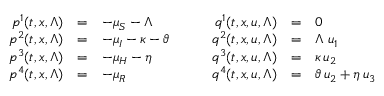
\begin{array} { r c l } { p ^ { 1 } ( t , x , \Lambda ) } & { = } & { - \mu _ { S } - \Lambda } \\ { p ^ { 2 } ( t , x , \Lambda ) } & { = } & { - \mu _ { I } - \kappa - \vartheta } \\ { p ^ { 3 } ( t , x , \Lambda ) } & { = } & { - \mu _ { H } - \eta } \\ { p ^ { 4 } ( t , x , \Lambda ) } & { = } & { - \mu _ { R } } \end{array} \qquad \begin{array} { r c l } { q ^ { 1 } ( t , x , u , \Lambda ) } & { = } & { 0 } \\ { q ^ { 2 } ( t , x , u , \Lambda ) } & { = } & { \Lambda \; u _ { 1 } } \\ { q ^ { 3 } ( t , x , u , \Lambda ) } & { = } & { \kappa \, u _ { 2 } } \\ { q ^ { 4 } ( t , x , u , \Lambda ) } & { = } & { \vartheta \, u _ { 2 } + \eta \, u _ { 3 } } \end{array}